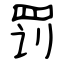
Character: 罚